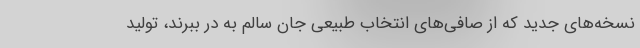
نسخه‌های جدید که از صافی‌های انتخاب طبیعی جان سالم به در ببرند، تولید